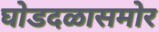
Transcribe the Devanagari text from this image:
घोडदळासमोर